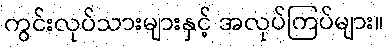
ကွင်းလုပ်သားများနှင့် အလုပ်ကြပ်များ။